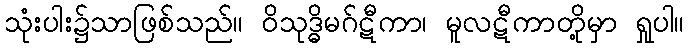
သုံးပါး၌သာဖြစ်သည်။ ဝိသုဒ္ဓိမဂ်ဋီကာ၊ မူလဋီကာတို့မှာ ရှုပါ။